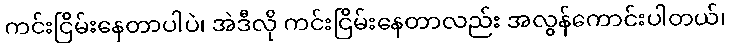
ကင်းငြိမ်းနေတာပါပဲ၊ အဲဒီလို ကင်းငြိမ်းနေတာလည်း အလွန်ကောင်းပါတယ်၊